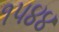
૧૫૪૪